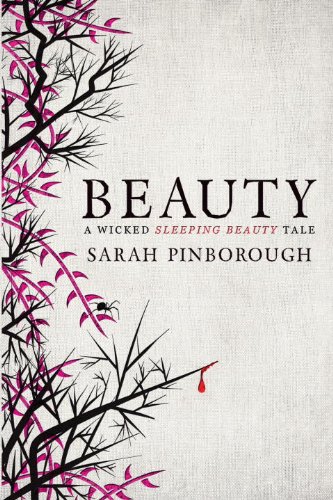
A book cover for Beauty; Sarah Pinborough; Science Fiction & Fantasy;